65_HS1-834228961_62-HQ-83894_Section_1
Agency: FBI
Page 92
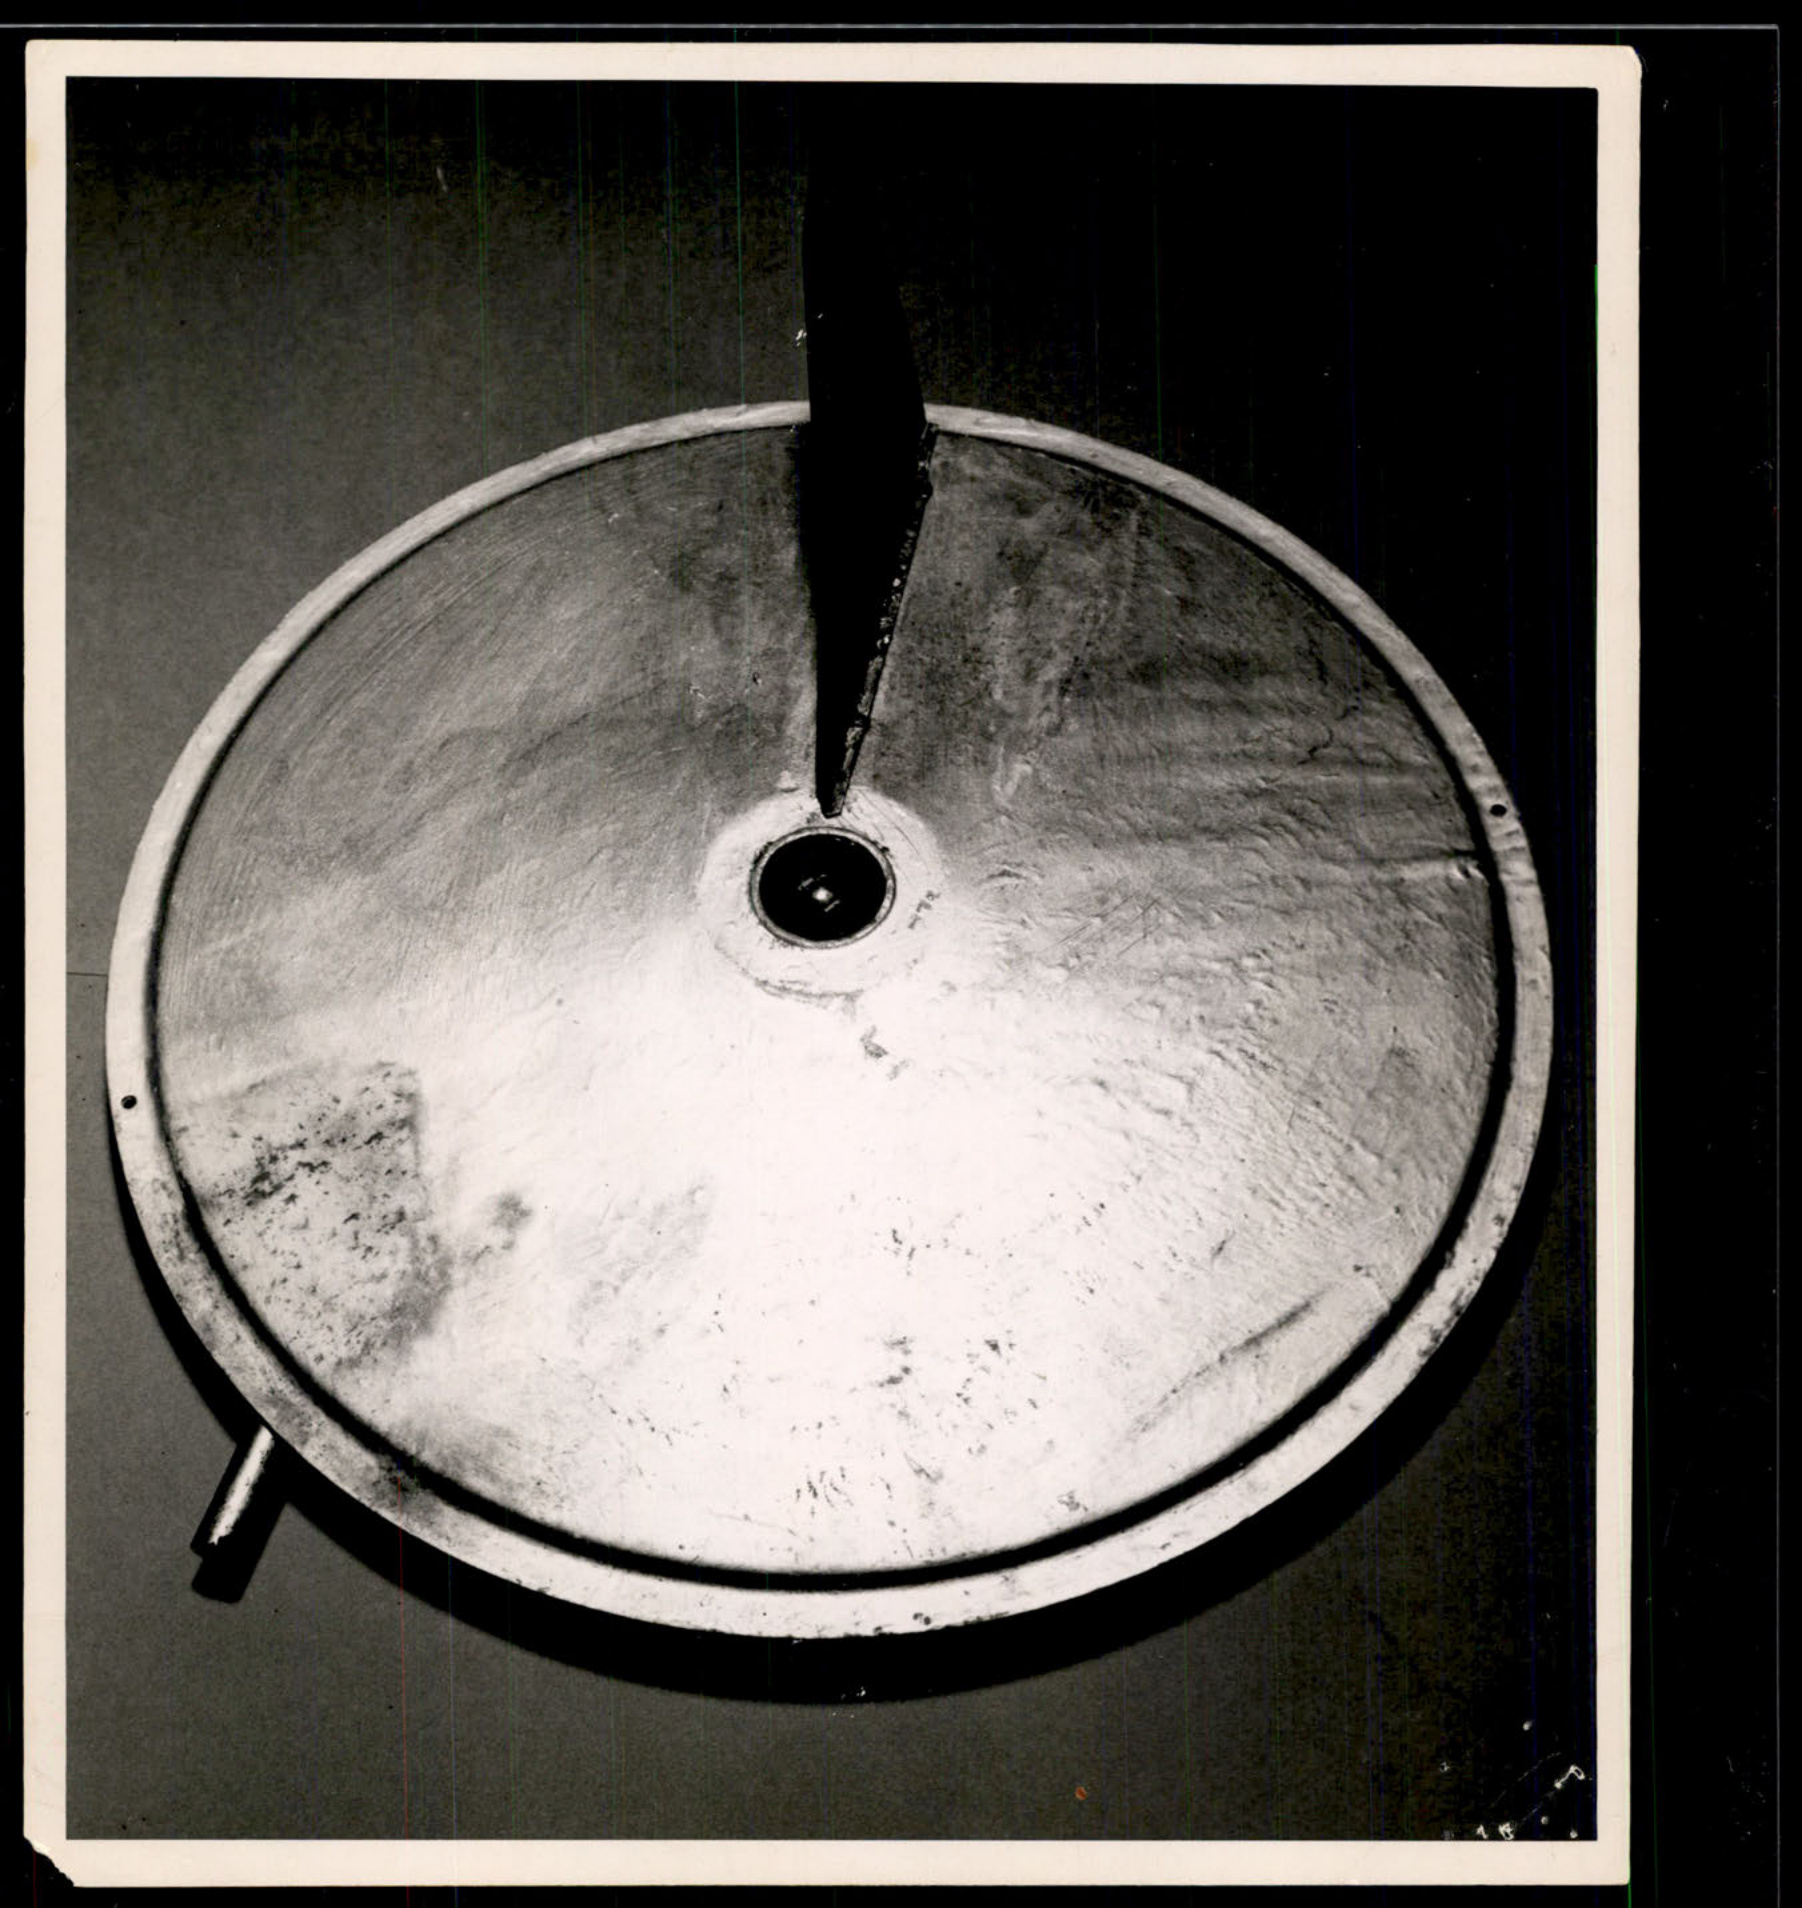